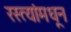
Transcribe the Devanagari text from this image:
रस्त्यांमधून